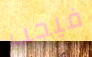
فيجب